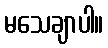
မသေချာပါ။